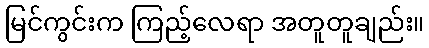
မြင်ကွင်းက ကြည့်လေရာ အတူတူချည်း။